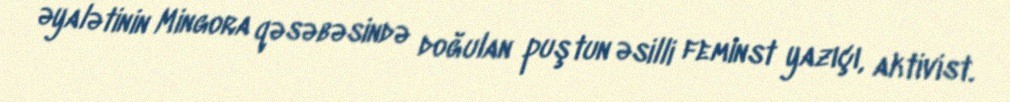
əyalətinin Mingora qəsəbəsində doğulan puştun əsilli feminst yazıçı, aktivist.